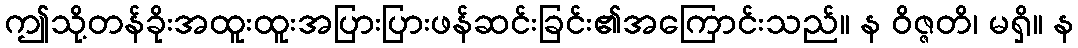
ဤသို့တန်ခိုးအထူးထူးအပြားပြားဖန်ဆင်းခြင်း၏အကြောင်းသည်။ န ဝိဇ္ဇတိ၊ မရှိ။ န